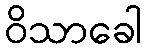
ဝိသာခေါ